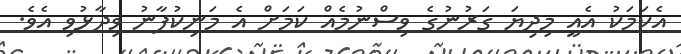
އެކަމަކު އެއީ މިދިޔަ ގަރުނުގެ ވިސްނުމެއް ކަމަށް އެ މަނިކުފާނު ވިދާޅުވި އެވެ.